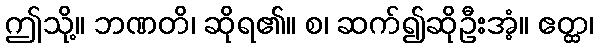
ဤသို့။ ဘဏတိ၊ ဆိုရ၏။ စ၊ ဆက်၍ဆိုဦးအံ့။ ဧတ္ထ၊